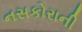
નસકોરાની